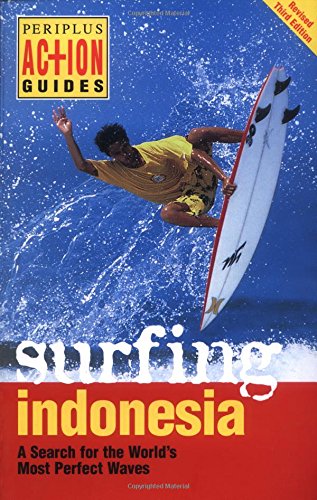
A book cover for Surfing Indonesia: A Search for the World's Most Perfect Waves (Periplus Action Guides); Leonard Lueras; Travel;